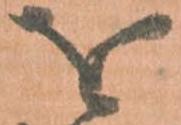
を